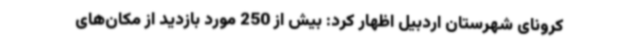
کرونای شهرستان اردبیل اظهار کرد: بیش از 250 مورد بازدید از مکان‌های